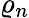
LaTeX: \varrho_{n}